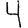
Digit: 4